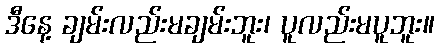
ဒီနေ့ ချမ်းလည်းမချမ်းဘူး၊ ပူလည်းမပူဘူး။